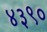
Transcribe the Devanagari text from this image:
४३९०